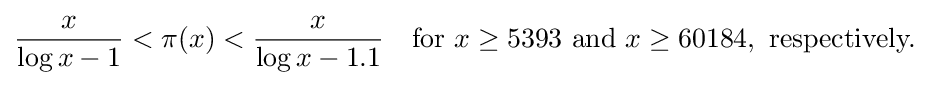
{\frac {x}{\log x-1}}<\pi (x)<{\frac {x}{\log x-1.1}}\quad {\text{for }}x\geq 5393{\text{ and }}x\geq 60184,{\text{ respectively.}}